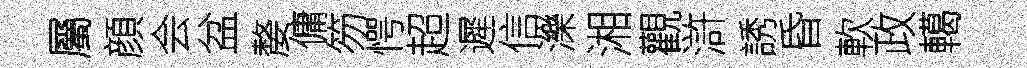
屬顔会盆嫠傭笏愕超遲信濼湘觀滸誘昏軟政轕